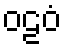
ဝဠဝံ